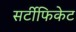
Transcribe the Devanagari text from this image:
सर्टीफिकेट